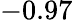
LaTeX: -0.97